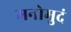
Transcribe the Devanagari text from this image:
मनोमुदं